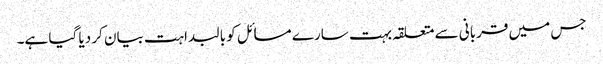
جس میں قربانی سے متعلقہ بہت سارے مسائل کو بالبداہت بیان کر دیا گیا ہے۔